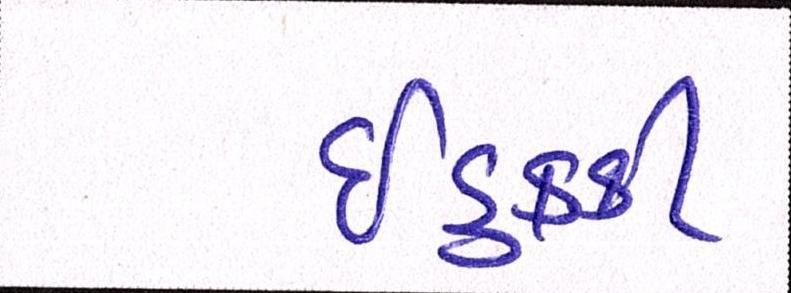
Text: ઈડુક્કી